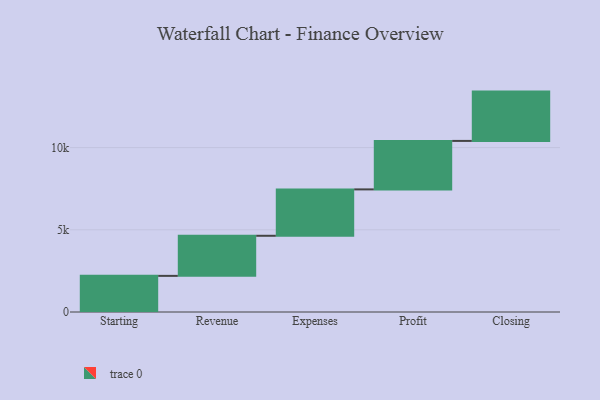
{"axis": {"x": "Step", "y": "Value"}, "legend": [""], "data": [{"x": "Starting", "y": 2198.0, "type": ""}, {"x": "Revenue", "y": 2439.0, "type": ""}, {"x": "Expenses", "y": 2822.0, "type": ""}, {"x": "Profit", "y": 2949.0, "type": ""}, {"x": "Closing", "y": 3000, "type": ""}]}